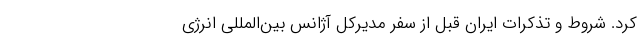
کرد. شروط و تذکرات ایران قبل از سفر مدیرکل آژانس بین‌المللی انرژی